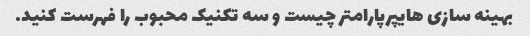
بهینه سازی هایپرپارامتر چیست و سه تکنیک محبوب را فهرست کنید.